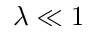
\lambda \ll 1